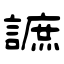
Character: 謶